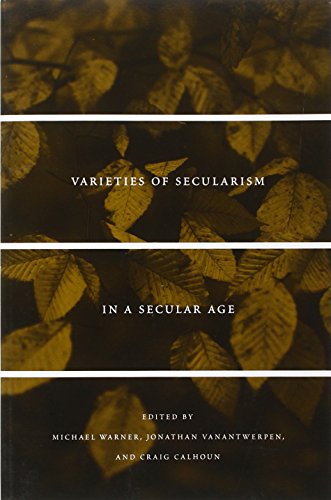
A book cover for Varieties of Secularism in a Secular Age; Politics & Social Sciences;